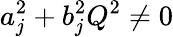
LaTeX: a_{j}^{2}+b_{j}^{2}Q^{2}\neq 0